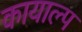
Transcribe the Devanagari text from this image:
कायाल्प